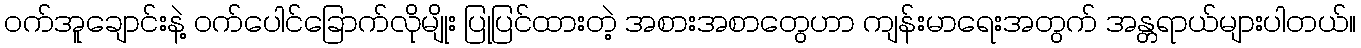
ဝက်အူချောင်းနဲ့ ဝက်ပေါင်ခြောက်လိုမျိုး ပြုပြင်ထားတဲ့ အစားအစာတွေဟာ ကျန်းမာရေးအတွက် အန္တရာယ်များပါတယ်။